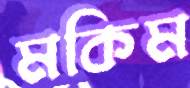
মকিম